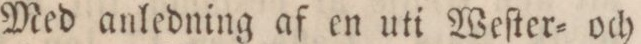
Med anledning af en uti Weſter= och